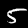
Label: 5